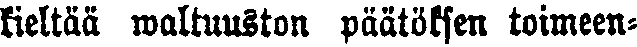
kieltää waltuuston päätöksen toimeen-